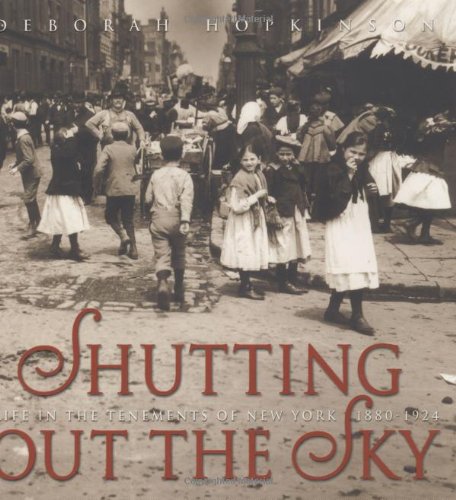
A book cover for Shutting Out the Sky: Life in the Tenements of New York, 1880-1924 (Jane Addams Honor Book (Awards)); Deborah Hopkinson; Politics & Social Sciences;